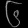
Digit: ၆